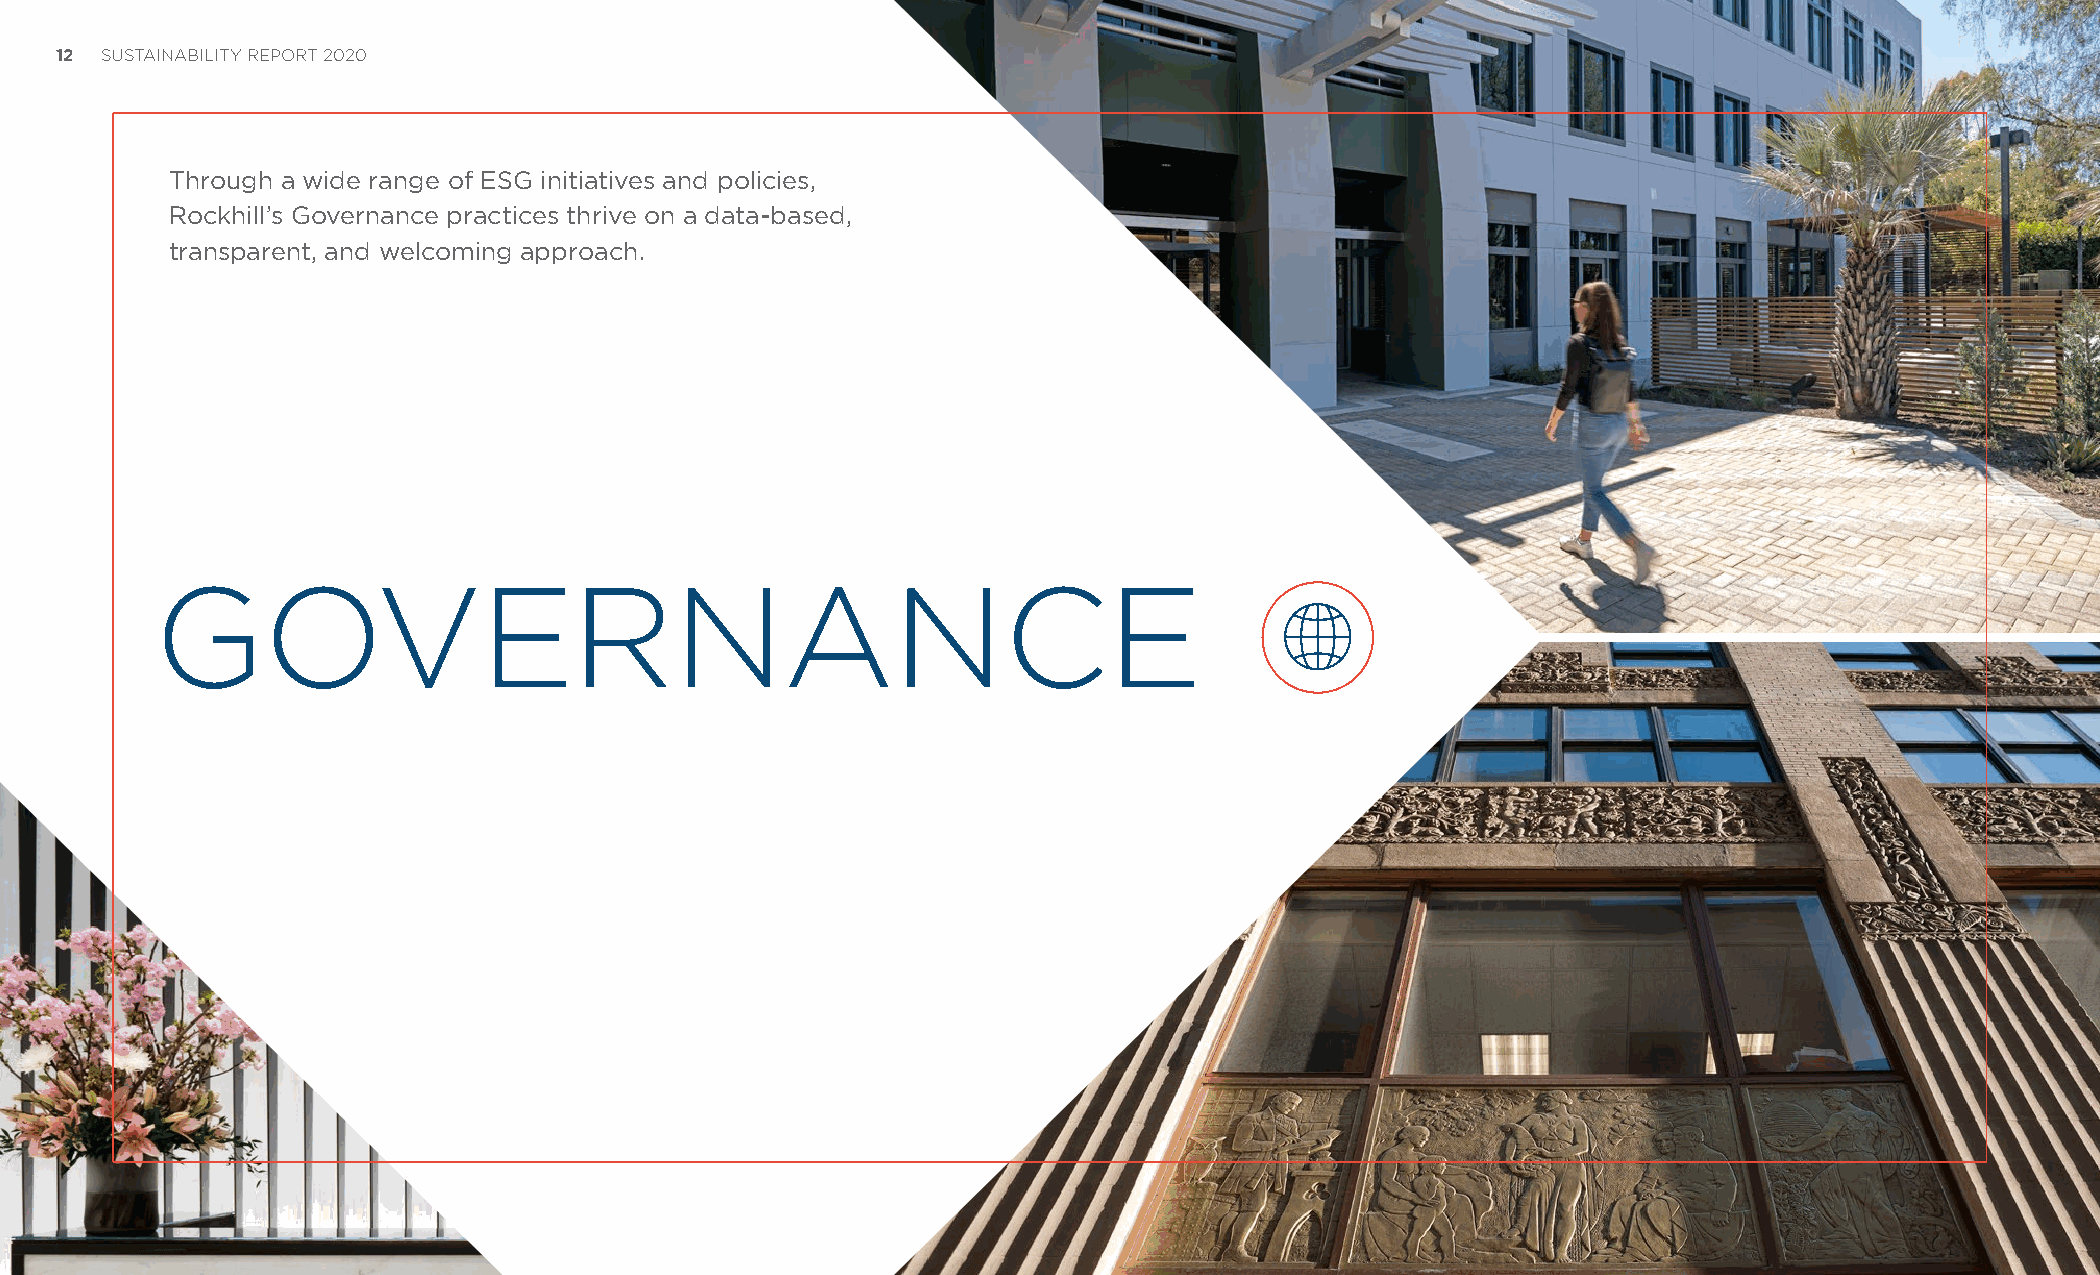
12 SUSTAINABILITY REPORT 2020
 Through a wide range of ESG initiatives and policies,
 Rockhill’s Governance practices thrive on a data-based,
 transparent, and welcoming approach.
 GOVERNANCE